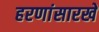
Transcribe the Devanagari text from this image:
हरणांसारखे